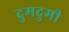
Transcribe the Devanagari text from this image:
दुमदुमी